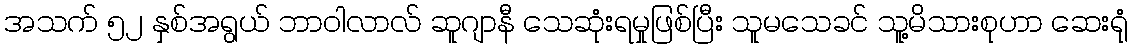
အသက် ၅၂ နှစ်အရွယ် ဘာဝါလာလ် ဆူဂျာနီ သေဆုံးရမှုဖြစ်ပြီး သူမသေခင် သူ့မိသားစုဟာ ဆေးရုံ